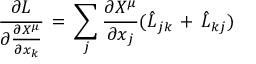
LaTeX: \frac { \partial L } { \partial \frac { \partial X ^ { \mu } } { \partial x _ { k } } } \, = \, \sum _ { j } \frac { \partial X ^ { \mu } } { \partial x _ { j } } ( \hat { L } _ { j k } \, + \, \hat { L } _ { k j } )